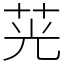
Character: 茪